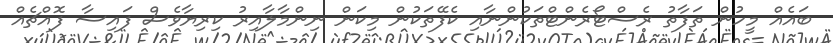
ބައެއް މީހުން ތަފާތު ރެސްޓޯރެންޓްތަކުންނާއި ކެފޭތަކުން މިކަން ނިންމާލާއިރު ކިރިޔާވެސް ފައިސާ ފޮއްޗެއް